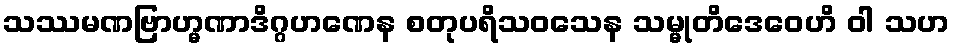
သဿမဏဗြာဟ္မဏာဒိဂ္ဂဟဏေန စတုပရိသဝသေန သမ္မုတိဒေဝေဟိ ဝါ သဟ